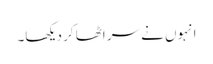
انہوں نے سر اٹھا کر دیکھا۔